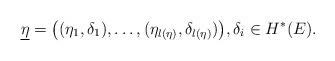
LaTeX: \begin{align*} \underline{\eta} = \big( (\eta_1, \delta_1), \ldots, (\eta_{l(\eta)}, \delta_{l(\eta)} ) \big), \delta_i \in H^{\ast}(E).\end{align*}